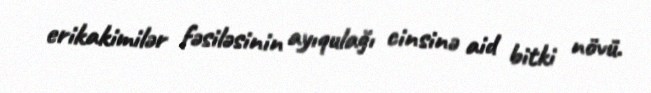
erikakimilər fəsiləsinin ayıqulağı cinsinə aid bitki növü.